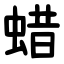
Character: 蜡